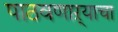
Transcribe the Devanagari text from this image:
पाठवणाऱ्याचा